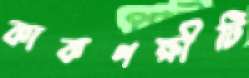
কাকপক্ষীটি